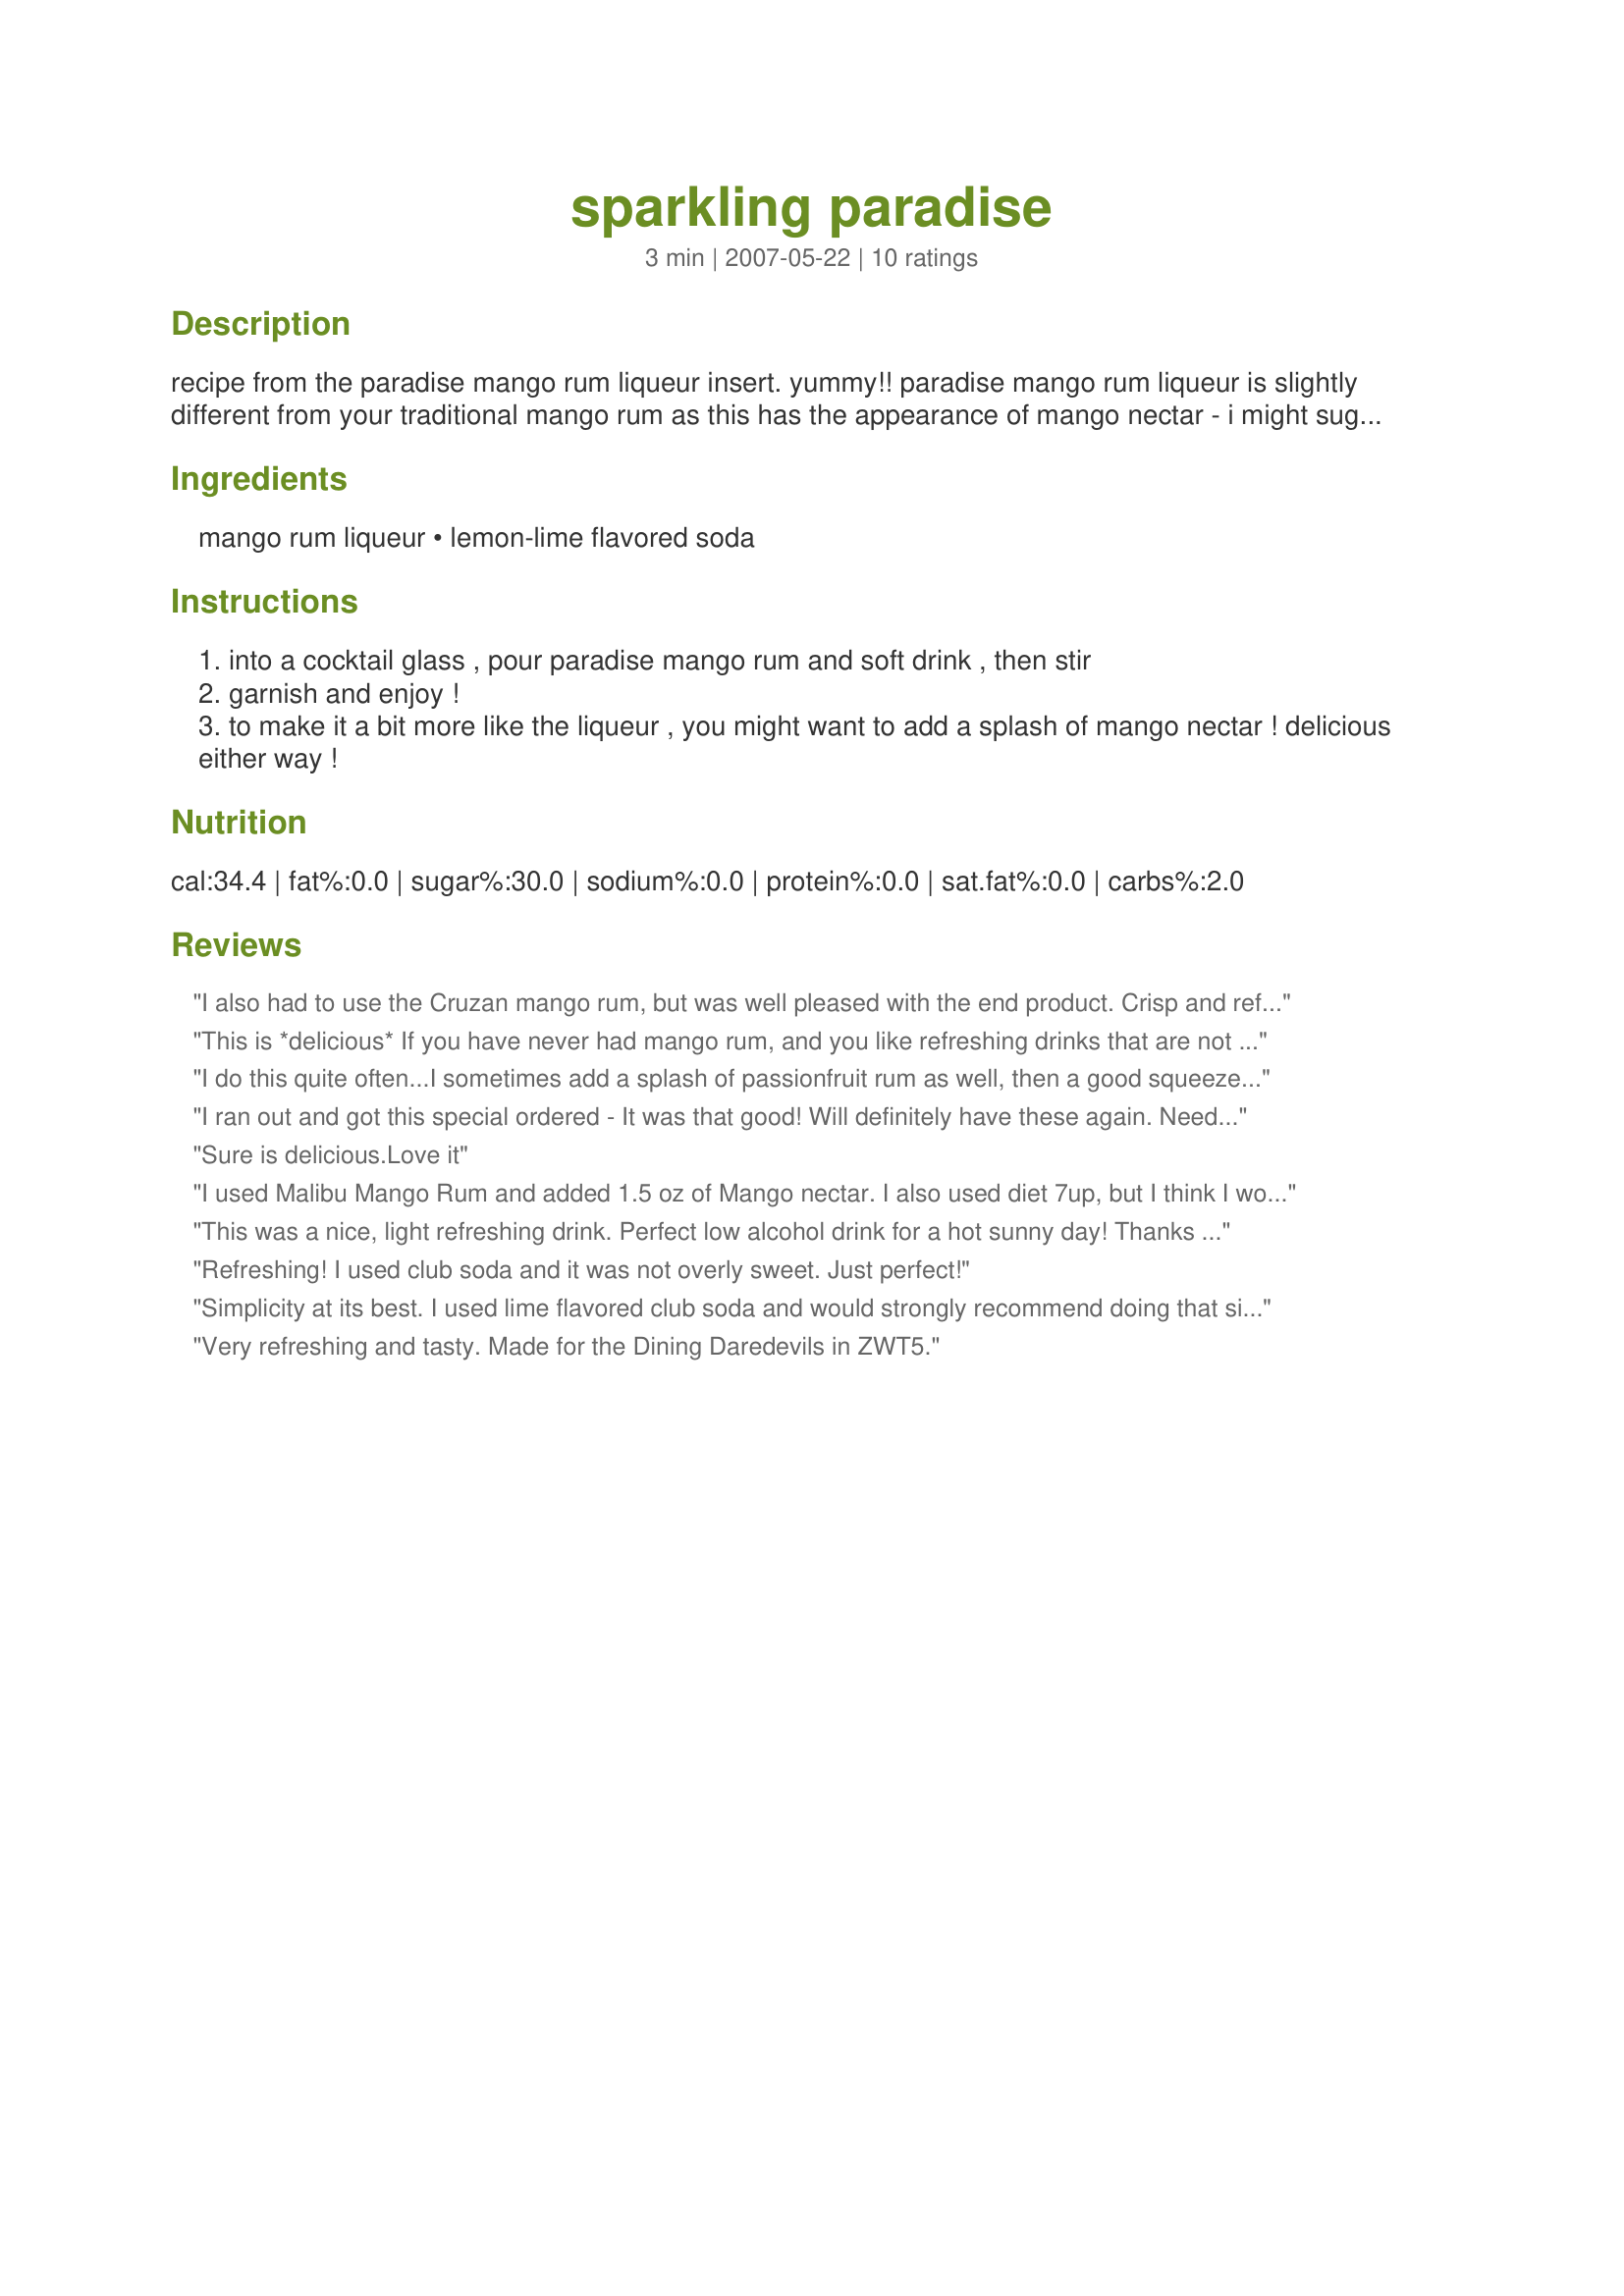
sparkling paradise
Preparation time: 3 minutes

recipe from the paradise mango rum liqueur insert. yummy!! paradise mango rum liqueur is slightly different from your traditional mango rum as this has the appearance of mango nectar - i might suggest adding some if you aren't using or can't find paradise mango rum liqueur in your area yet. it is only recently being imported to the states and somewhat limited in other parts of the world (from the phillipines). ours was a gift and delicious!

Ingredients:
mango rum liqueur, lemon-lime flavored soda

Steps:
into a cocktail glass , pour paradise mango rum and soft drink , then stir
garnish and enjoy !
to make it a bit more like the liqueur , you might want to add a splash of mango nectar ! delicious either way !

Reviews:
I also had to use the Cruzan mango rum, but was well pleased with the end product. Crisp and refreshing! I wish I had the mango nectar to try tonight. I will be picking some up in the future! Second one is even better than the first, lol!
This is *delicious* If you have never had mango rum, and you like refreshing drinks that are not cream based or heavy - RUN out and get yourself a bottle. I could not find Paradise Mango Rum so I had to use Cruzan but this drink is refreshing and delicious! Looks great in a water goblet too! Thanks Diva!
I do this quite often...I sometimes add a splash of passionfruit rum as well, then a good squeeze of fresh lemon juice. Refreshingly perfect!
I ran out and got this special ordered - It was that good! Will definitely have these again. Need to keep my review short as I'm PUI as I type. Will probably want to edit tomorrow, if the day ends today. OMG Mommy, dearest ;) this is so good. Made for ZWT3 Cheers, wish you were here ~V
Sure is delicious.Love it
I used Malibu Mango Rum and added 1.5 oz of Mango nectar. I also used diet 7up, but I think I would have preferred club soda. . .will make this one again! Made for ZWT5.
This was a nice, light refreshing drink. Perfect low alcohol drink for a hot sunny day! Thanks Mommy Diva!
Refreshing! I used club soda and it was not overly sweet. Just perfect!
Simplicity at its best. I used lime flavored club soda and would strongly recommend doing that since the rum (Cruzan Mango) is already sweet. Thank you.
Very refreshing and tasty. Made for the Dining Daredevils in ZWT5.
